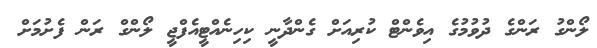
ލޯންގު ރަންގެ ދުވުމުގެ އިވެންޓް ކުރިއަށް ގެންދާނީ ކިހިނެއްޓީއެފްޖީ ލޯންގް ރަން ފެށުމަށް